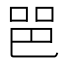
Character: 𰇫